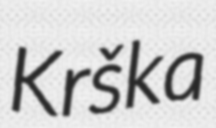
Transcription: Krška